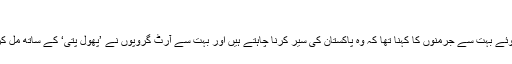
‘‘
پاکستانی ٹرک آرٹ کو دیکھتے ہوئے بہت سے جرمنوں کا کہنا تھا کہ وہ پاکستان کی سیر کرنا چاہتے ہیں اور بہت سے آرٹ گروپوں نے ’پھول پتی‘ کے ساتھ مل کر کام کرنے پر مشاورت کی ہے۔